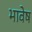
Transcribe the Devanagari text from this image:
भावेष